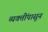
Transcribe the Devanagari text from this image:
व्यक्तींपासून